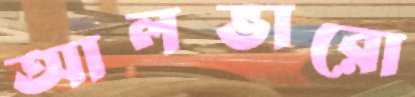
আলভারো